Tartu_linnavalitsus, lk 62
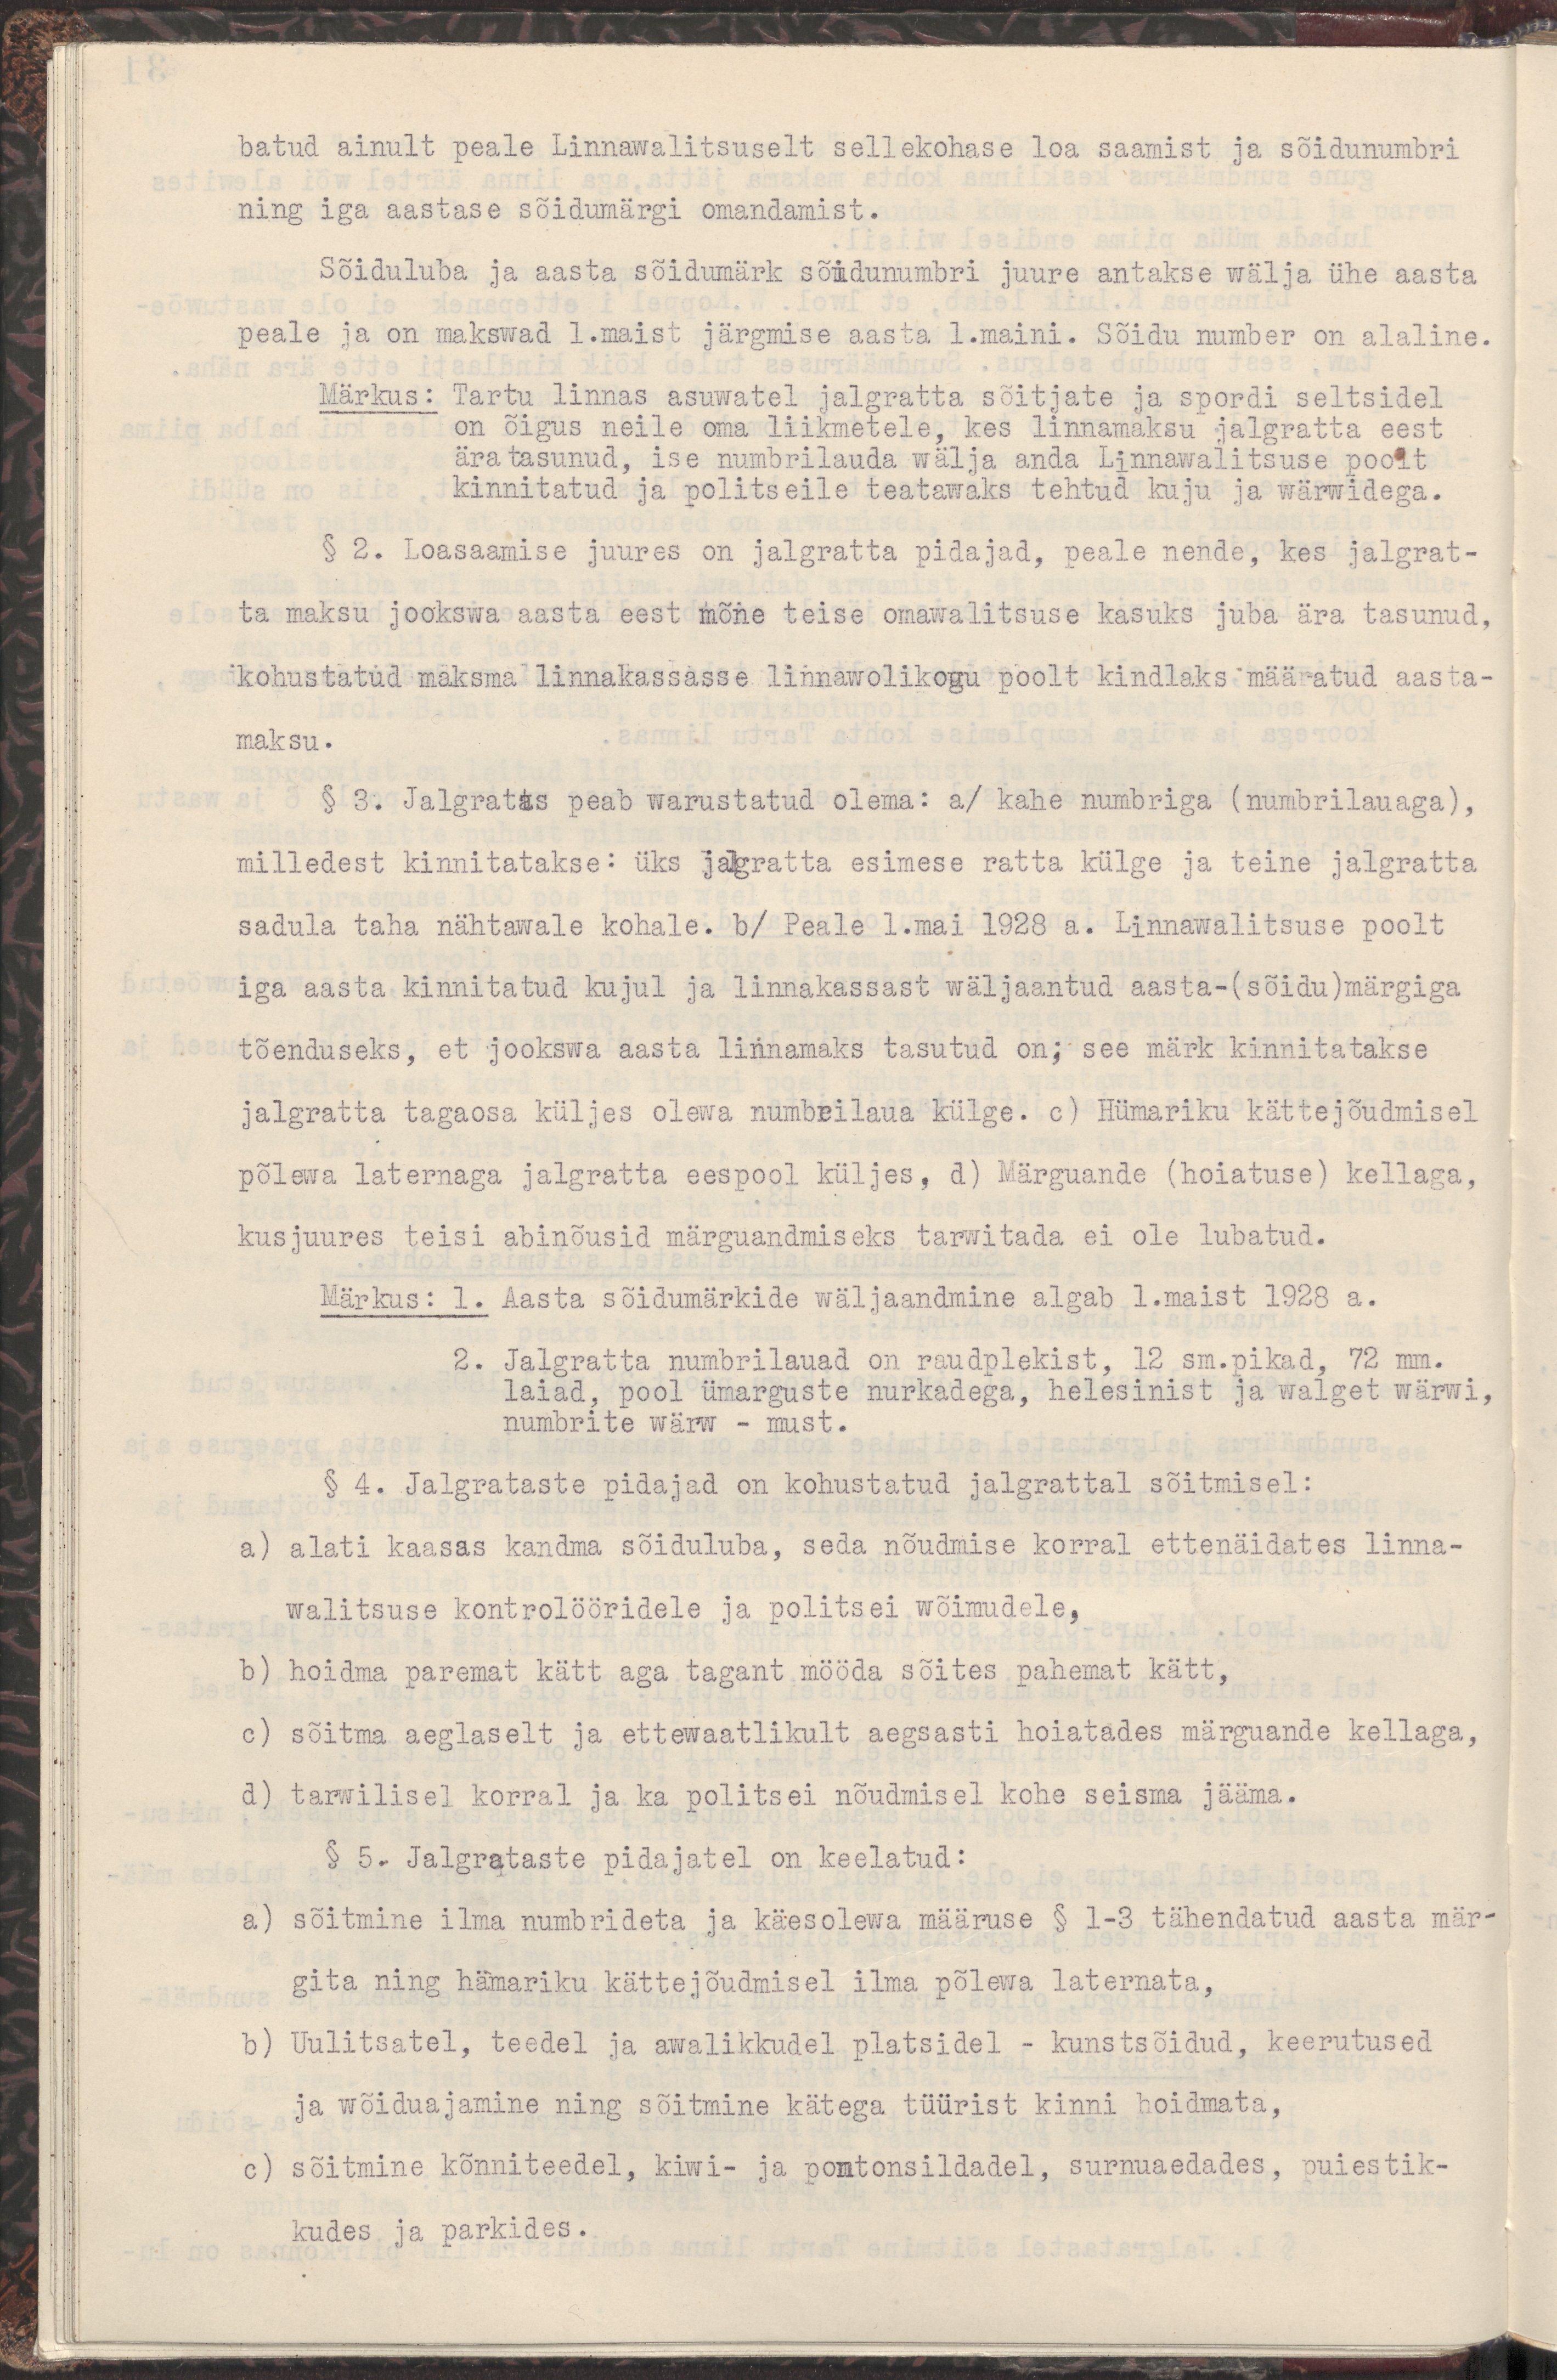
batud ainult peale Linnawalitsuselt sellekohase loa saamist ja sõidunumbri
ning iga aastase sõidumärgi omandamist.
Sõiduluba ja aasta sõidumärk sõidunumbri juure antakse wälja ühe aasta
peale ja on maksnud 1.maist järgmise aasta 1.maini. Sõidu number on alaline.
Märkus: Tartu linnas asuwatel jalgratta sõitjate ja spordi seltsidel
on õigus neile oma liikmetele, kes linnamaksu jalgratta eest
äratasunud, ise numbrilauda wälja anda Linnawalitsuse poolt
kinnitatud ja politseile teatawaks tehtud kuju ja wärwidega.
§ 2. Loasaamise juures on jalgratta pidajad, peale nend, kes jalgrat-
ta maksu jookswa aasta eest mõne teise omawalitsuse kasuks juba ära tasunud,
kohustatud maksma linnakassasse linnawolikogu poolt kindlaks määratud aasta-
maksu.
§ 3. Jalgratas peab warustatud olema: a/ kahe numbriga (numbrilauaga),
milledest kinnitatakse: üks jalgratta esimese ratta külge ja teine jalgratta
sadula taha nähtawale kohale. b/ Peale 1.mai 1928 a. Linnawalitsuse poolt
iga aasta kinnitatud kujul ja linnakassast wäljaantud aasta-(sõidu)märgiga
tõenduseks, et jookswa aasta linnamaks tasutud on; see märk kinnitatakse
jalgratta tagaosa küljes olewa numbrilaua külge. c) Hümariku kättejõudmisel
põlewa laternaga jalgratta eespool küljes, d) Märguande (hoiatuse) kellaga,
kusjuures teisi abinõusid märguandmiseks tarwitada ei ole lubatud.
Märkus: 1. Aasta sõidumärkide wäljaandmine algab 1.maist 1928 a.
2. Jalgratta numbrilauad on raudplekist, 12 sm.pikad, 71 mm.
laiad, pool ümarguste nurkadega, helesinist ja walget wärwi,
numbrite wärw - must.
§ 4. Jalgrataste pidajad on kohustatud jalgrattal sõitmisel:
a) alati kaasas kandma sõiduluba, seda nõudmise korral ettenäidates linna-
walitsuse kontrolööridele ja politsei wõimudele,
b) hoidma paremat kätt aga tagant mööda sõites pahemat kätt,
c) sõitma aeglaselt ja ettewaatlikult aegsasti hoiatades märguande kellaga,
d) tarwilisel korral ja ka politsei nõudmisel kohe seisma jääma.
§ 5. Jalgrataste pidajatel on keelatud
a) sõitmine ilma numbriteta ja käesolewa määruse § 1-3 tähendatud aasta mär-
gita ning hämariku kättejõudmisel ilma põlewa laternata,
b) Uulitsatel, teedel ja awalikkudel platsidel - kunstsõidud, keerutused
ja wõiduajamine ning sõitmine kätega tüürist kinni hoidmata,    
c) sõitmine kõnniteedel, kiwi- ja pontonsildadel, surnuaedades, puiestik-   
kudes ja parkides.